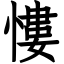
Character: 慺